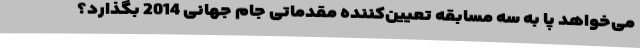
می‌خواهد پا به سه مسابقه تعیین‌کننده مقدماتی جام جهانی 2014 بگذارد؟